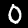
Digit: 0